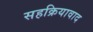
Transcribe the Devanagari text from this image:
सहक्रियावाद